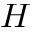
H